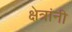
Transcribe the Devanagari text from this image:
क्षेत्रांनी